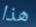
هذا